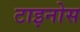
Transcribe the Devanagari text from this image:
टाइनोस